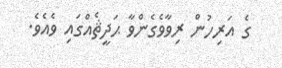
ގެ އަރިހުން ރިވާވެގެންވާ ޙަދީޘެއްގައި ވެއެވެ.